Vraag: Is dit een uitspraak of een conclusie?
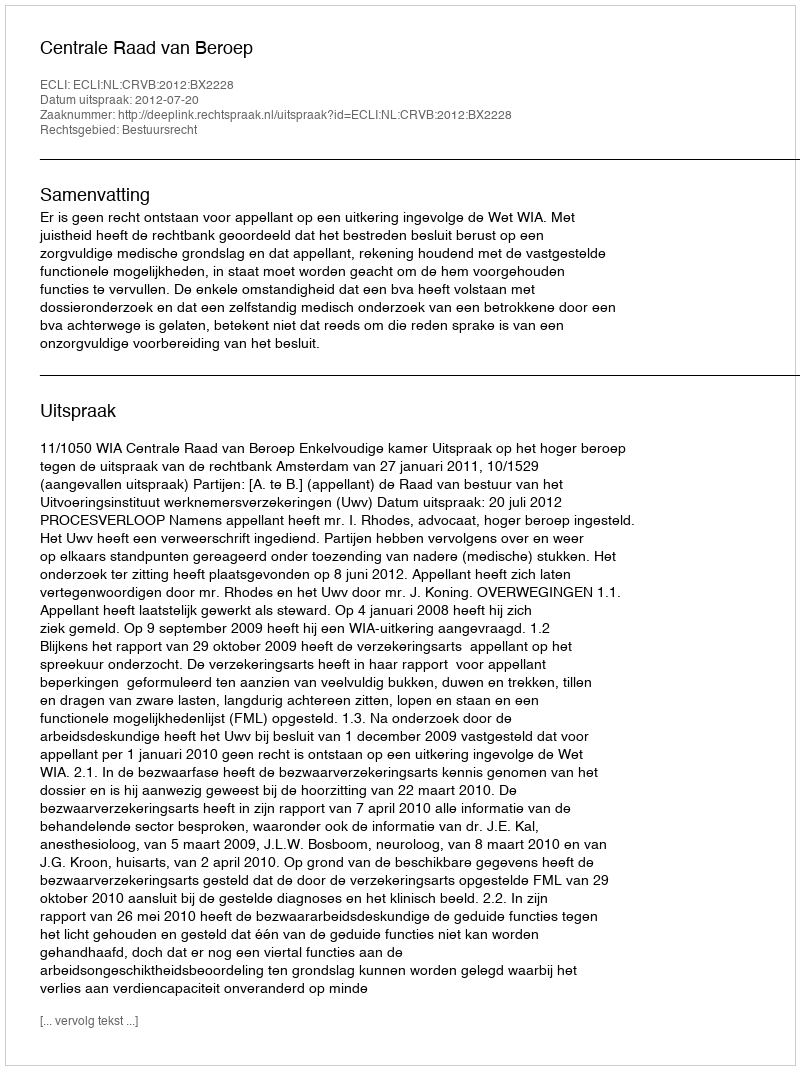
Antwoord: Uitspraak